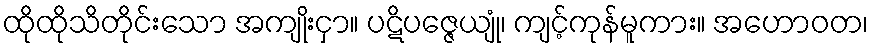
ထိုထိုသိတိုင်းသော အကျိုးငှာ။ ပဋိပဇ္ဇေယျုံ၊ ကျင့်ကုန်မူကား။ အဟောဝတ၊